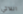
اللاتي